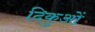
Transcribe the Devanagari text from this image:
दिकुओं